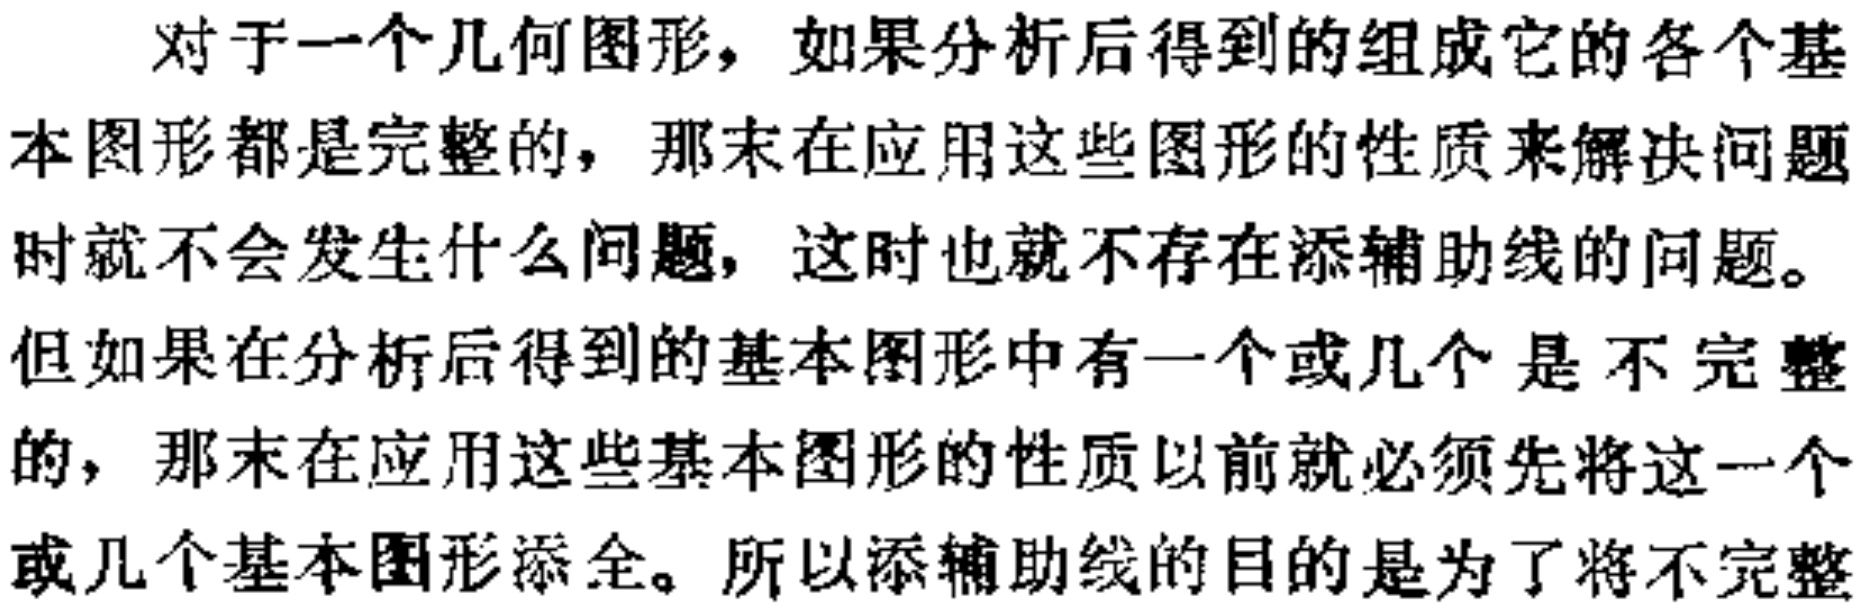
对于一个几何图形，如果分析后得到的组成它的各个基本图形都是完整的，那末在应用这些图形的性质来解决问题时就不会发生什么问题，这时也就不存在添辅助线的问题。但如果在分析后得到的基本图形中有一个或几个是不完整的，那末在应用这些基本图形的性质以前就必须先将这一个或几个基本图形添全。所以添辅助线的目的是为了将不完整